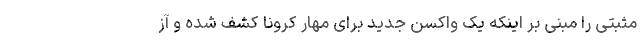
مثبتی را مبنی بر اینکه یک واکسن جدید برای مهار کرونا کشف شده و آز